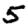
Digit: 5